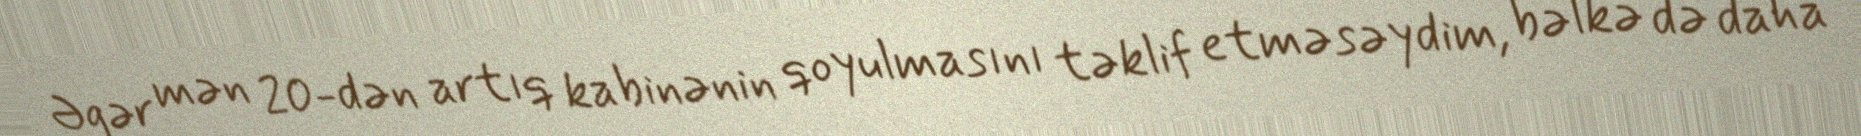
Əgər mən 20-dən artıq kabinənin qoyulmasını təklif etməsəydim, bəlkə də daha